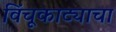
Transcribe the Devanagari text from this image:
विंचूकाट्याचा